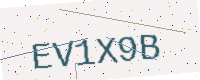
Text: EV1X9B